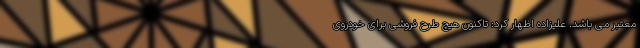
معتبر می باشد. علیزاده اظهار کرد: تاکنون هیچ طرح فروشی برای خودروی